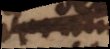
demu